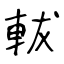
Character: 軷